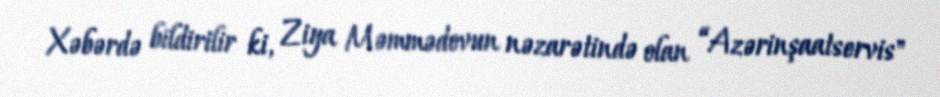
Xəbərdə bildirilir ki, Ziya Məmmədovun nəzarətində olan “Azərinşaatservis"